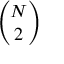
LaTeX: \binom { N } { 2 }